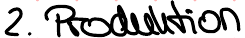
2. Produktion